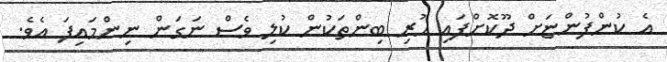
އެ ކުންފުންޏަށް ދޫކޮށްފައި ހުރި ބިންތަކުން ކުލި ވެސް ނަގަން ނިންމައިފަ އެވެ.